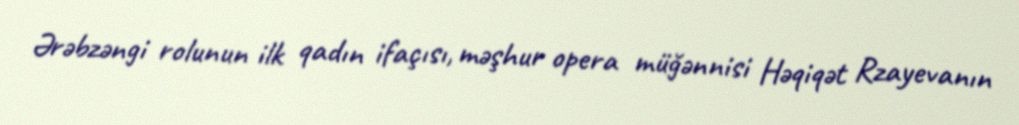
Ərəbzəngi rolunun ilk qadın ifaçısı, məşhur opera müğənnisi Həqiqət Rzayevanın